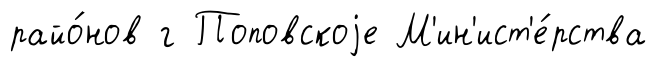
райо́нов г Поповскоjе М'ин'ист'е́рства